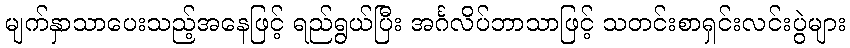
မျက်နှာသာပေးသည့်အနေဖြင့် ရည်ရွယ်ပြီး အင်္ဂလိပ်ဘာသာဖြင့် သတင်းစာရှင်းလင်းပွဲများ